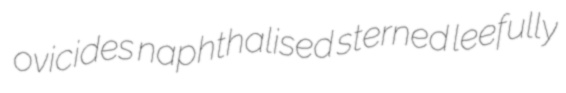
ovicides naphthalised sterned leefully